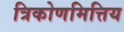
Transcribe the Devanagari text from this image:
त्रिकोणमित्तिय